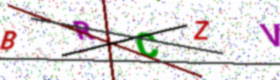
Text: BRCZV